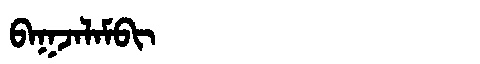
Manchu: ᠪᠠᡴᠵᠠᠯᠠᠮᠪᡳ
Romanization: BAKJALAMBI